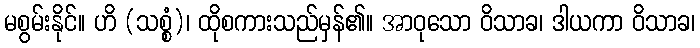
မစွမ်းနိုင်။ ဟိ (သစ္စံ)၊ ထိုစကားသည်မှန်၏။ အာဝုသော ဝိသာခ၊ ဒါယကာ ဝိသာခ၊